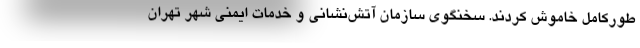
طورکامل خاموش کردند. سخنگوی سازمان آتش‌نشانی و خدمات ایمنی شهر تهران